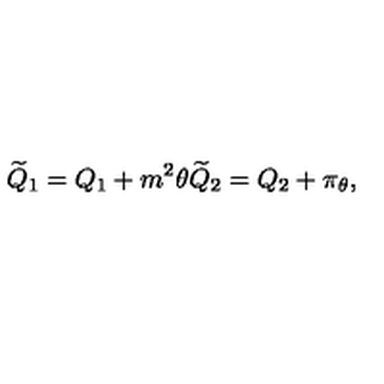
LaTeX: { \widetilde Q _ { 1 } } = Q _ { 1 } + m ^ { 2 } \theta { \widetilde Q _ { 2 } } = Q _ { 2 } + \pi _ { \theta } ,